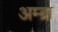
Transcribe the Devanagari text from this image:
अम्ब्रा